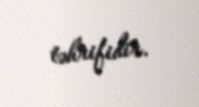
təhrifidir.